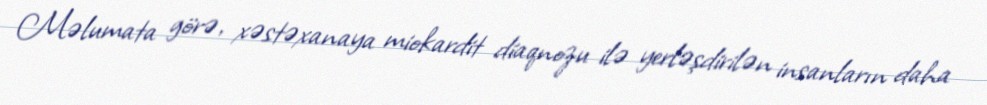
Məlumata görə, xəstəxanaya miokardit diaqnozu ilə yerləşdirilən insanların daha